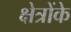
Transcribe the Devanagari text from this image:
क्षेत्रोंके